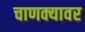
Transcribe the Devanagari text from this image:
चाणक्यावर